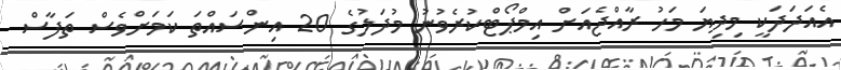
އެއަދަދަކީ މިދިޔަ މަހު ރާއްޖެއަށް އިމްޕޯޓްކުރެވުނު މުދަލުގެ 20 އިންސައްތަ ކަމަށްވެސް ތަފާސް